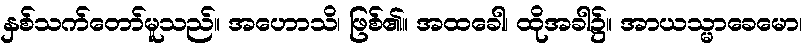
နှစ်သက်တော်မူသည်။ အဟောသိ၊ ဖြစ်၏။ အထခေါ၊ ထိုအခါ၌။ အာယသ္မာခေမော၊